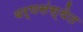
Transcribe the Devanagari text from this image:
वर्णसंस्थेत